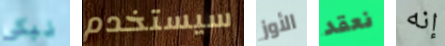
نبكي سيستخدم الأوز نعقد إنه